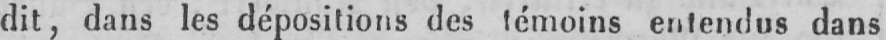
dit, dans les dépositions des témoins entendus dans